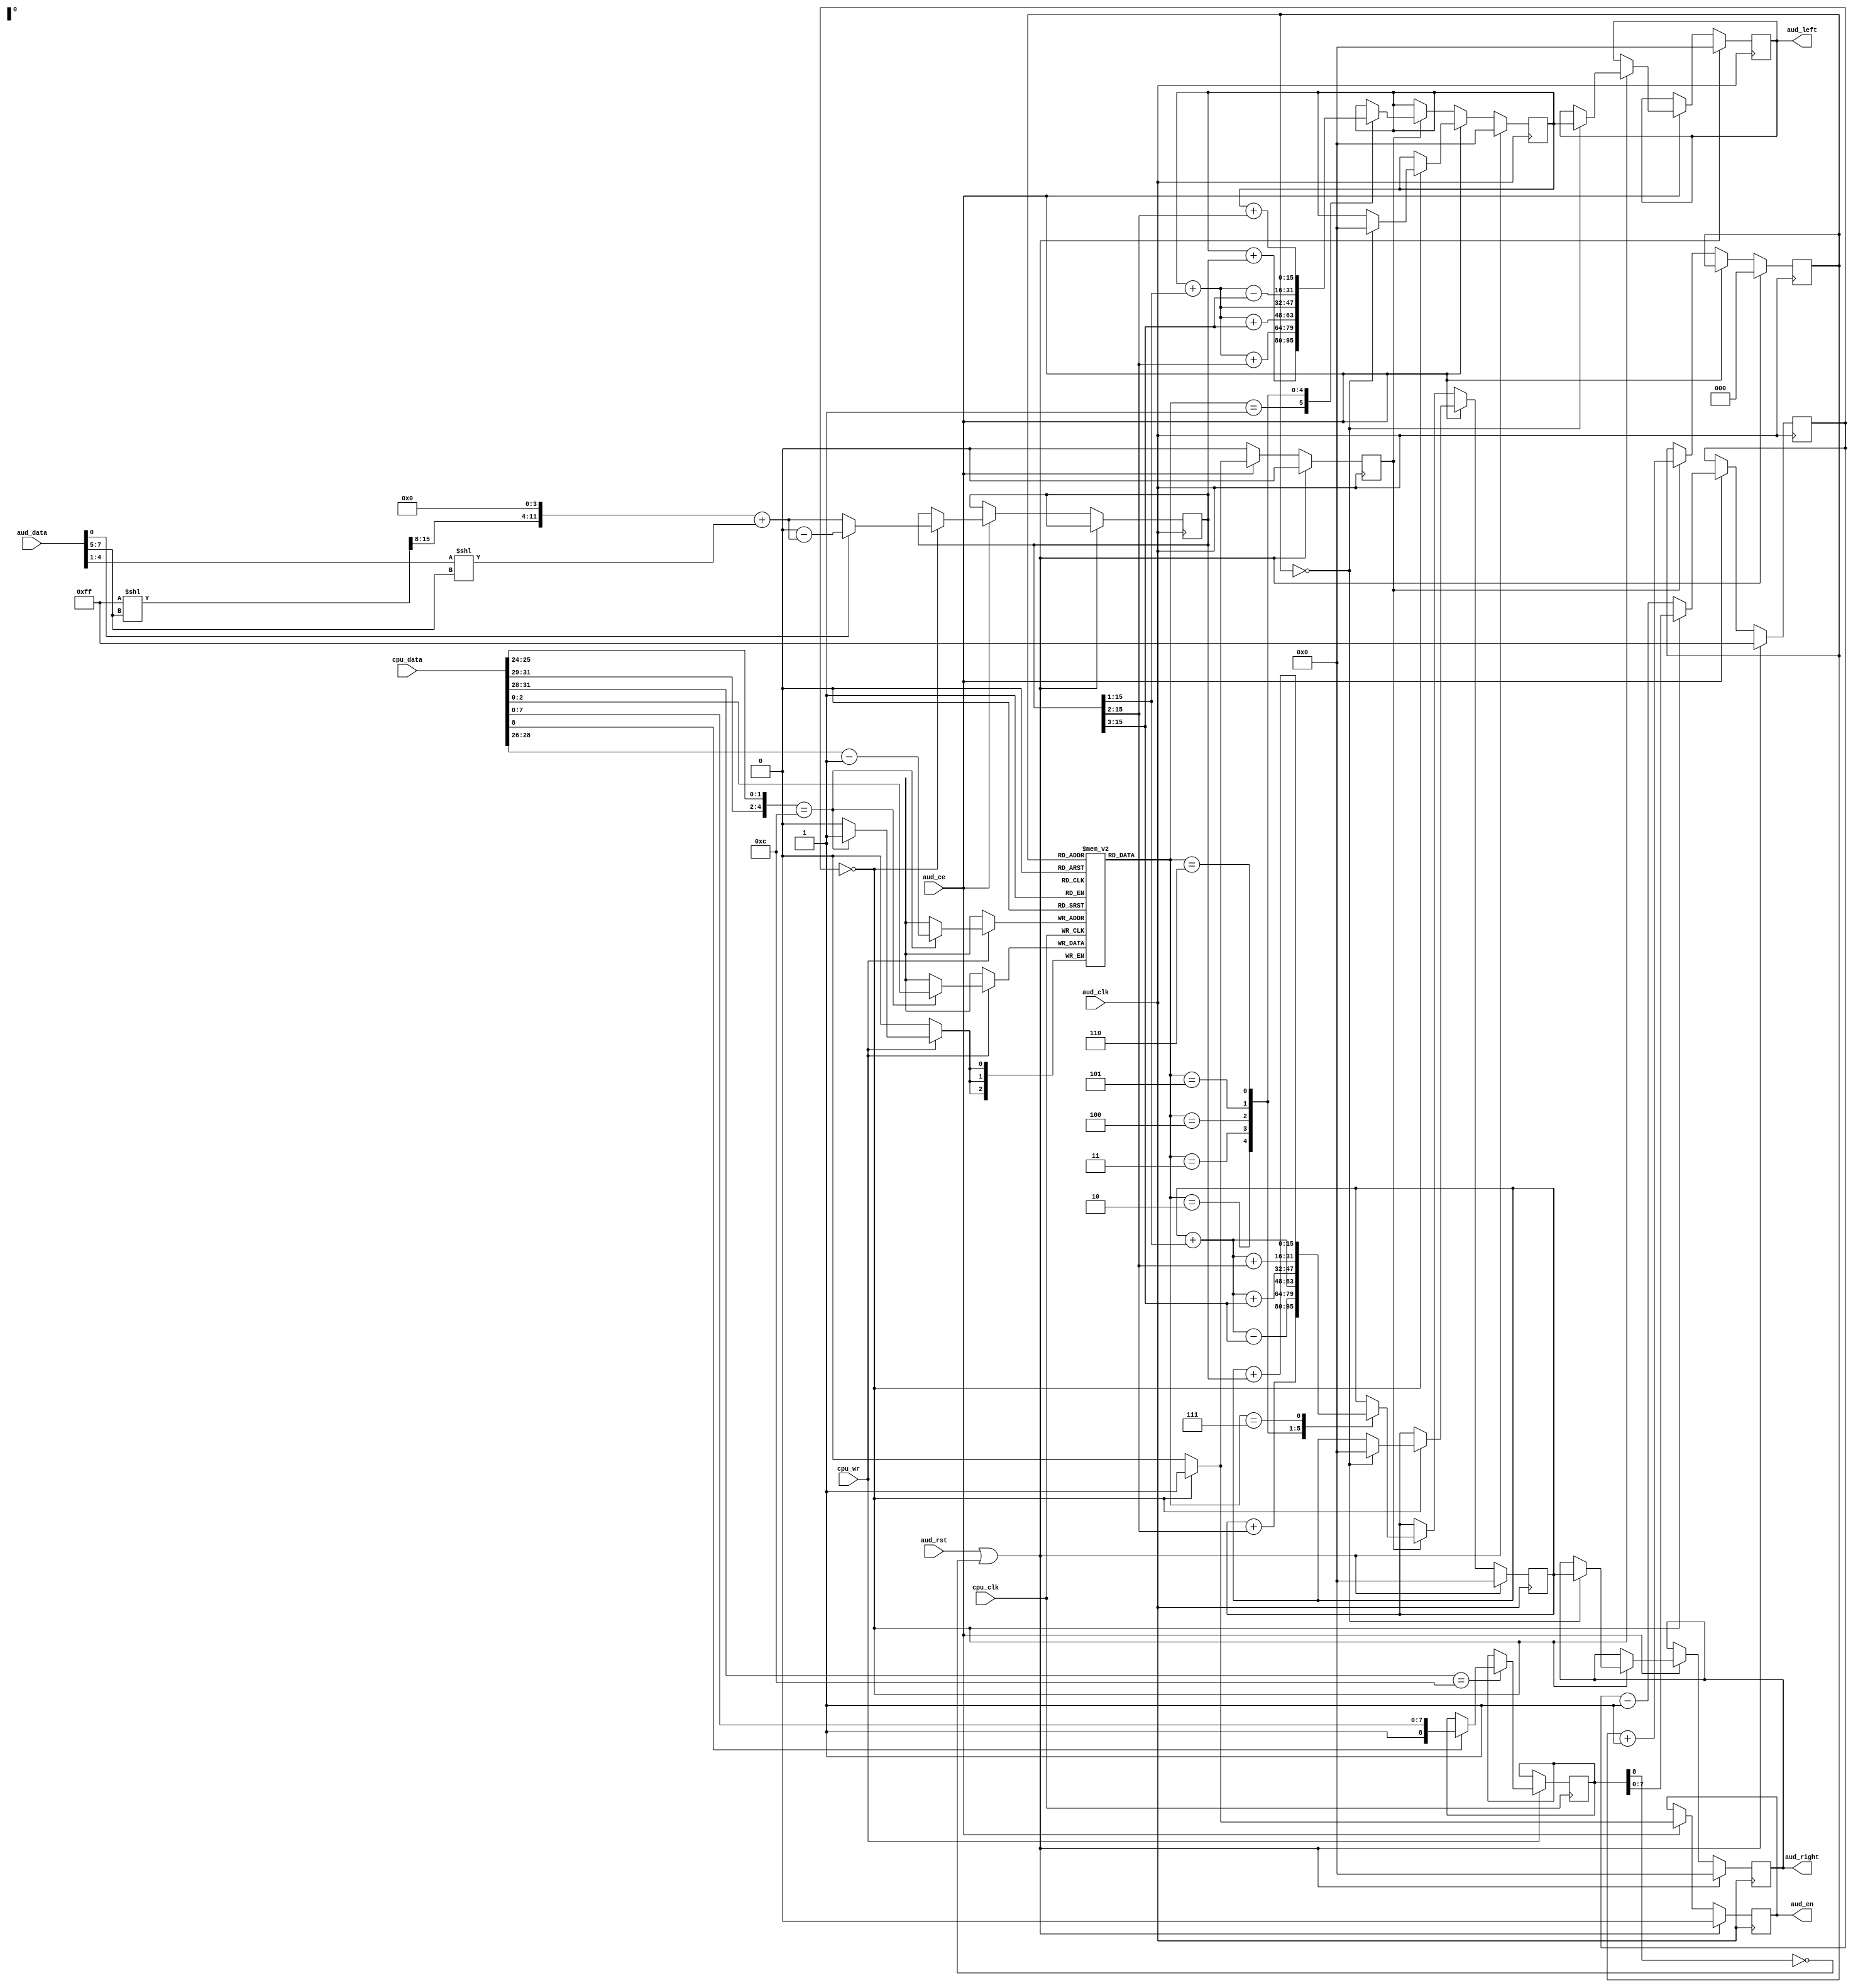
`timescale 1ns / 1ps
/* vidc_audio.v

 Copyright (c) 2015, Stephen J. Leary
 All rights reserved.
 
 Redistribution and use in source and binary forms, with or without
 modification, are permitted provided that the following conditions are met:
     * Redistributions of source code must retain the above copyright
 *       notice, this list of conditions and the following disclaimer.
 *     * Redistributions in binary form must reproduce the above copyright
 *       notice, this list of conditions and the following disclaimer in the
 *       documentation and/or other materials provided with the distribution.
 *     * Neither the name of the <organization> nor the
 *       names of its contributors may be used to endorse or promote products
 *       derived from this software without specific prior written permission.
 * 
 * THIS SOFTWARE IS PROVIDED BY THE COPYRIGHT HOLDERS AND CONTRIBUTORS "AS IS" AND
 * ANY EXPRESS OR IMPLIED WARRANTIES, INCLUDING, BUT NOT LIMITED TO, THE IMPLIED
 * WARRANTIES OF MERCHANTABILITY AND FITNESS FOR A PARTICULAR PURPOSE ARE
 * DISCLAIMED. IN NO EVENT SHALL <COPYRIGHT HOLDER> BE LIABLE FOR ANY
 * DIRECT, INDIRECT, INCIDENTAL, SPECIAL, EXEMPLARY, OR CONSEQUENTIAL DAMAGES
 * (INCLUDING, BUT NOT LIMITED TO, PROCUREMENT OF SUBSTITUTE GOODS OR SERVICES;
 * LOSS OF USE, DATA, OR PROFITS; OR BUSINESS INTERRUPTION) HOWEVER CAUSED AND
 * ON ANY THEORY OF LIABILITY, WHETHER IN CONTRACT, STRICT LIABILITY, OR TORT
 * (INCLUDING NEGLIGENCE OR OTHERWISE) ARISING IN ANY WAY OUT OF THE USE OF THIS
 * SOFTWARE, EVEN IF ADVISED OF THE POSSIBILITY OF SUCH DAMAGE.
 */
// altera message_off 10030
 
module vidc_audio
(
	// cpu side - used to write registers
	input             cpu_clk, // cpu clock
	input             cpu_wr, // write to video register.
	input [31:0]      cpu_data, // data to write (data bus).

	// audio/data side of the bus
	input             aud_clk,
	input             aud_ce,
	input             aud_rst,
	input [7:0]       aud_data,
	output reg        aud_en,

	// actual audio out signal
	output reg [15:0] aud_right,
	output reg [15:0] aud_left
);
 
localparam  SOUND_SAMFREQ   = 4'b1100;
localparam  SOUND_REGISTERS = 5'b01100;   

reg [2:0] channel;
reg [2:0] vidc_sir[0:7];
reg [8:0] vidc_sfr;

// 1mhz pulse counter.
reg [7:0] aud_delay_count;

always @(posedge cpu_clk) begin
	if (cpu_wr) begin 

		if ({cpu_data[31:29],cpu_data[25:24]} == SOUND_REGISTERS) begin
			$display("Writing the stereo image registers: 0x%08x", cpu_data);
			vidc_sir[cpu_data[28:26] - 1'd1] <= cpu_data[2:0];
		end

		if (cpu_data[31:28] == SOUND_SAMFREQ) begin
			$display("VIDC SFR: %x", cpu_data[7:0]);
			if (cpu_data[8]) begin
				vidc_sfr <= cpu_data[8:0];
			end
		end
	end
end


function [15:0] mu2lin;
	input [7:0] value;
	begin
		mu2lin = 16'hFF << value[7:5];
		mu2lin = {4'b0000, mu2lin[15:8], 4'b0000} + ({12'd0,value[4:1]} << value[7:5]);
		if(value[0]) mu2lin = 16'd0 - mu2lin;
	end
endfunction


always @(posedge aud_clk) begin : block
	reg [15:0] data,al,ar;
	reg ce_d;

	ce_d <= 0;

	if (aud_rst | ~vidc_sfr[8]) begin
		channel <= 0;
		aud_en <= 0;
		aud_delay_count <= 8'hFF;
		ce_d <= 0;
		al <= 0;
		ar <= 0;
		aud_left <= 0;
		aud_right <= 0;
	end
	else if (aud_ce) begin
		aud_en <= 0;
		aud_delay_count <= aud_delay_count - 1'd1;
		if (aud_delay_count == 8'd0) begin
			ce_d <= aud_ce;
			data <= mu2lin(aud_data);
			aud_en <= 1'b1;
			aud_delay_count <= vidc_sfr[7:0];
			if(!channel) begin
				aud_right <= ar;
				aud_left  <= al;
				ar <= 0;
				al <= 0;
			end
		end
	end
	else if(ce_d) begin
		channel <= channel + 1'd1;
		case(vidc_sir[channel])
			1: begin
					al <= $signed(al) + $signed(data);
				end
			2: begin
					al <= $signed(al) + $signed(data[15:1]) + $signed(data[15:2]);
					ar <= $signed(ar) + $signed(data[15:2]);
				end
			3: begin
					al <= $signed(al) + $signed(data[15:1]) + $signed(data[15:3]);
					ar <= $signed(ar) + $signed(data[15:1]) - $signed(data[15:3]);
				end
			4: begin
					al <= $signed(al) + $signed(data[15:1]);
					ar <= $signed(ar) + $signed(data[15:1]);
				end
			5: begin
					al <= $signed(al) + $signed(data[15:1]) - $signed(data[15:3]);
					ar <= $signed(ar) + $signed(data[15:1]) + $signed(data[15:3]);
				end
			6: begin
					al <= $signed(al) + $signed(data[15:2]);
					ar <= $signed(ar) + $signed(data[15:1]) + $signed(data[15:2]);
				end
			7: begin
					ar <= $signed(ar) + $signed(data);
				end
		endcase
	end
end

endmodule